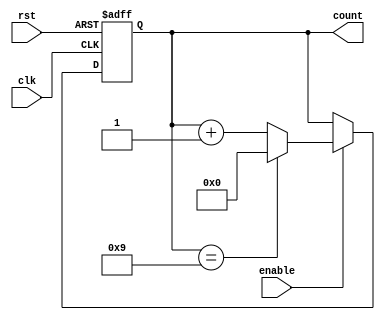
module decade_counter (
    input wire clk,          // Clock input
    input wire rst,          // Asynchronous reset input
    input wire enable,       // Enable signal
    output reg [3:0] count   // 4-bit output to represent the counter value
);

// Always block triggered on clock edge
always @(posedge clk or posedge rst) begin
    if (rst) begin
        count <= 4'b0000;    // Reset count to 0
    end else if (enable) begin
        if (count == 4'b1001) begin
            count <= 4'b0000; // Reset to 0 when count reaches 9
        end else begin
            count <= count + 1; // Increment the count
        end
    end
end

endmodule